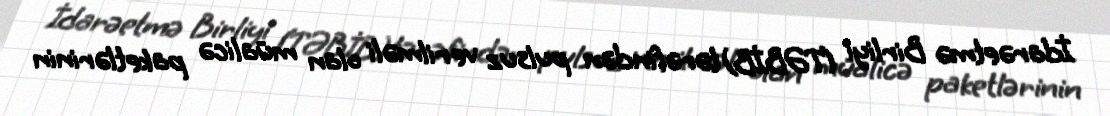
İdarəetmə Birliyi (TƏBİB) tərəfindən pulsuz verilməli olan müalicə paketlərinin